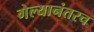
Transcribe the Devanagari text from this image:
गेल्यानंतरच